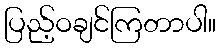
ပြည့်ဝချင်ကြတာပါ။